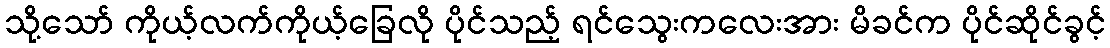
သို့သော် ကိုယ့်လက်ကိုယ့်ခြေလို ပိုင်သည့် ရင်သွေးကလေးအား မိခင်က ပိုင်ဆိုင်ခွင့်